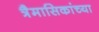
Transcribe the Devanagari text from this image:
त्रैमासिकांच्या